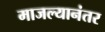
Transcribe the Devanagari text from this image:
माजल्यानंतर